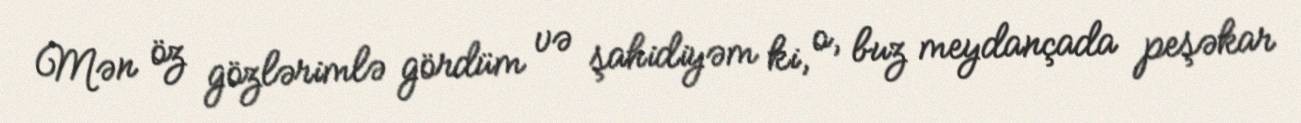
Mən öz gözlərimlə gördüm və şahidiyəm ki, o, buz meydançada peşəkar